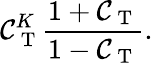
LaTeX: \mathcal{C}_{\mathrm{~T~}}^{K}\frac{1+\mathcal{C}_{\mathrm{~T~}}}{1-\mathcal{C}_{\mathrm{~T~}}}.